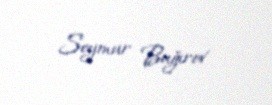
Seymur Bağırov